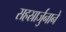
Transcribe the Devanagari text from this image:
सहस्रार्जुनाने